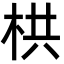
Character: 栱